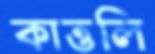
কাত্তলি